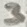
Text: 3